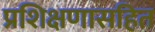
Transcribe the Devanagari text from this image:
प्रशिक्षणासहित